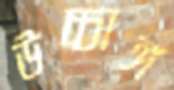
উচ্চাঙ্গ